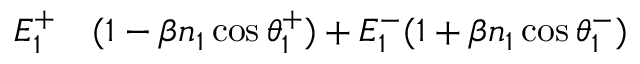
\begin{array} { r l } { E _ { 1 } ^ { + } } & { { } ( 1 - \beta n _ { 1 } \cos \theta _ { 1 } ^ { + } ) + E _ { 1 } ^ { - } ( 1 + \beta n _ { 1 } \cos \theta _ { 1 } ^ { - } ) } \end{array}